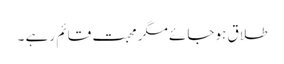
طلاق ہوجائے مگر محبت قائم رہے ۔